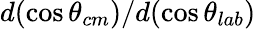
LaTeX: d(\cos\theta_{cm})/d(\cos\theta_{lab})